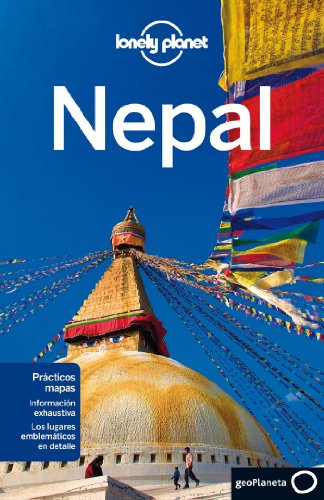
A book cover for Lonely Planet Nepal (Travel Guide) (Spanish Edition); Lonely Planet; Travel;